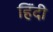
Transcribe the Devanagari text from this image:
हिंंदी